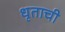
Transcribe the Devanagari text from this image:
धृताची